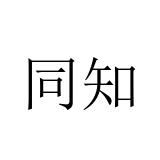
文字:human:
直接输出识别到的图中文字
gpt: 同知